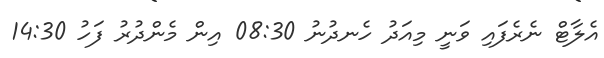
އެލާޓް ނެރެފައި ވަނީ މިއަދު ހެނދުނު 08:30 އިން މެންދުރު ފަހު 14:30